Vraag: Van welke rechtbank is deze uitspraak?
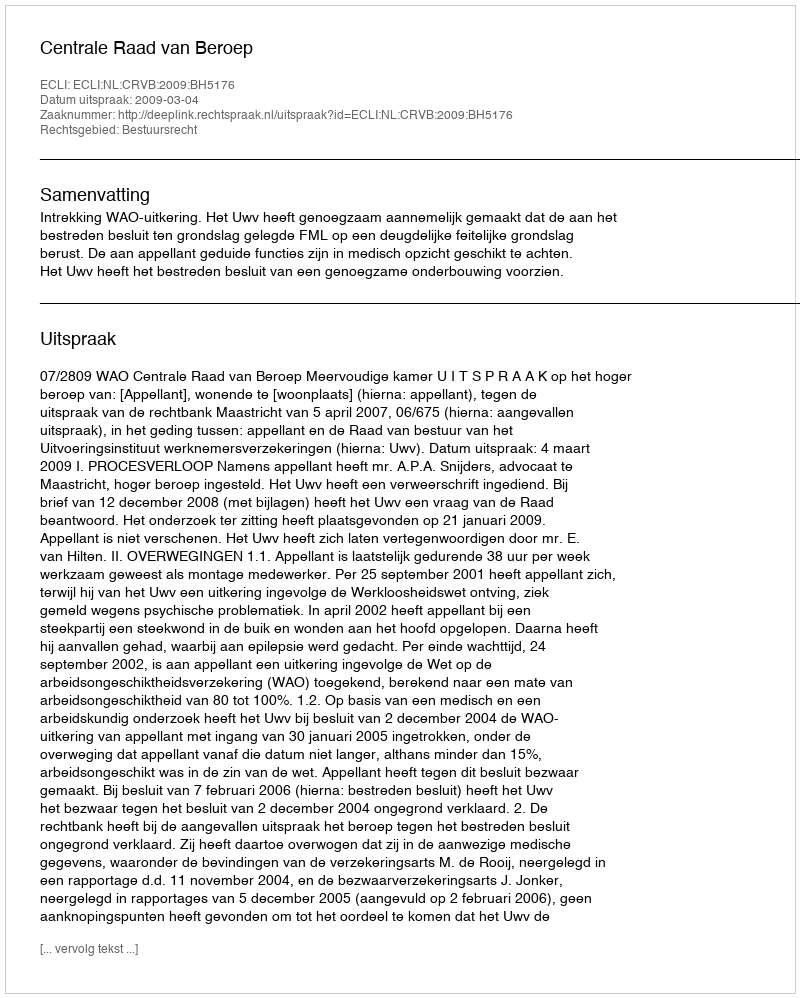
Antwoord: Centrale Raad van Beroep